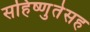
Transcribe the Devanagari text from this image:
सहिष्णुतेसह